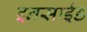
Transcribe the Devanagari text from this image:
इनसाईड